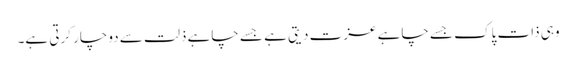
وہی ذات پاک جسے چاہے عزت دیتی ہے جسے چاہے ذلت سے دوچار کرتی ہے۔